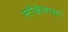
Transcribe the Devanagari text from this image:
लौकेत्ताथा